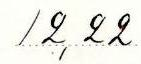
12,22